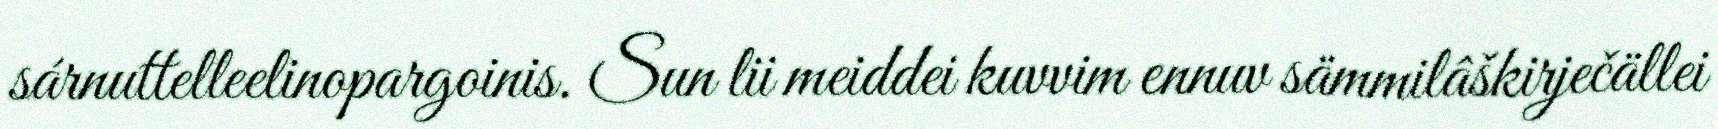
sárnuttelleelinopargoinis. Sun lii meiddei kuvvim ennuv sämmilâškirječällei